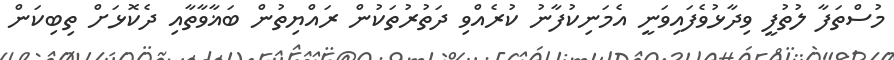
މުސްތަފާ ލުތުފީ ވިދާޅުވެފައިވަނީ އެމަނިކުފާނު ކުރެއްވި ދަތުރުތަކުން ރައްޔިތުން ބަޣާވާތާއި ދެކޮޅަށް ތިބިކަން